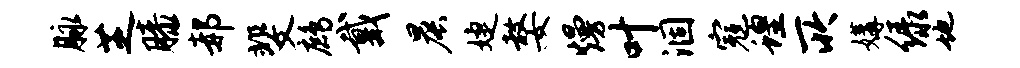
脉芝膝郝斐鹧戴晨婕嫠熳叶涸寇蝗所媾绿地